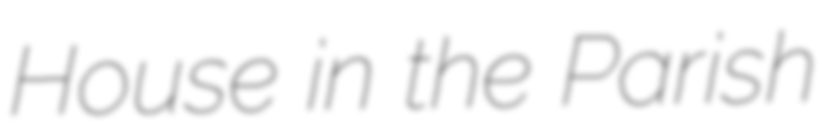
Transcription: House in the Parish